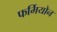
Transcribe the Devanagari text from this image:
फर्मियोन